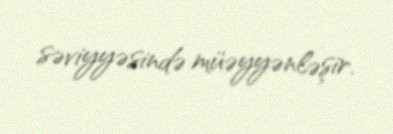
səviyyəsində müəyyənləşir.